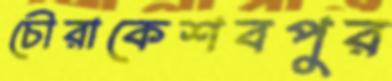
চৌরাকেশবপুর